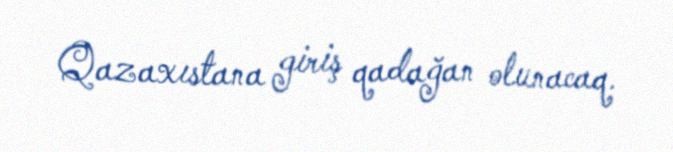
Qazaxıstana giriş qadağan olunacaq.